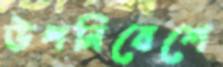
উপনিবেশে